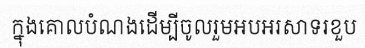
ក្នុងគោលបំណងដើម្បីចូលរួមអបអរសាទរខួប